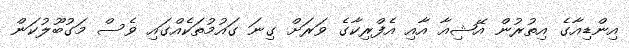
އިންޑިއާގެ އިތުރުން އޭޝިއާ އާއި އެފްރިކާގެ ވަރަށް ގިނަ ގައުމުތަކެއްގައި ވެސް މަގުބޫލުކަން